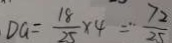
D G = \frac { 1 8 } { 2 5 } \times 4 = \cdot \frac { 7 2 } { 2 5 }